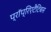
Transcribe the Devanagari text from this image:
प्रॉप्रिएटैटिबस